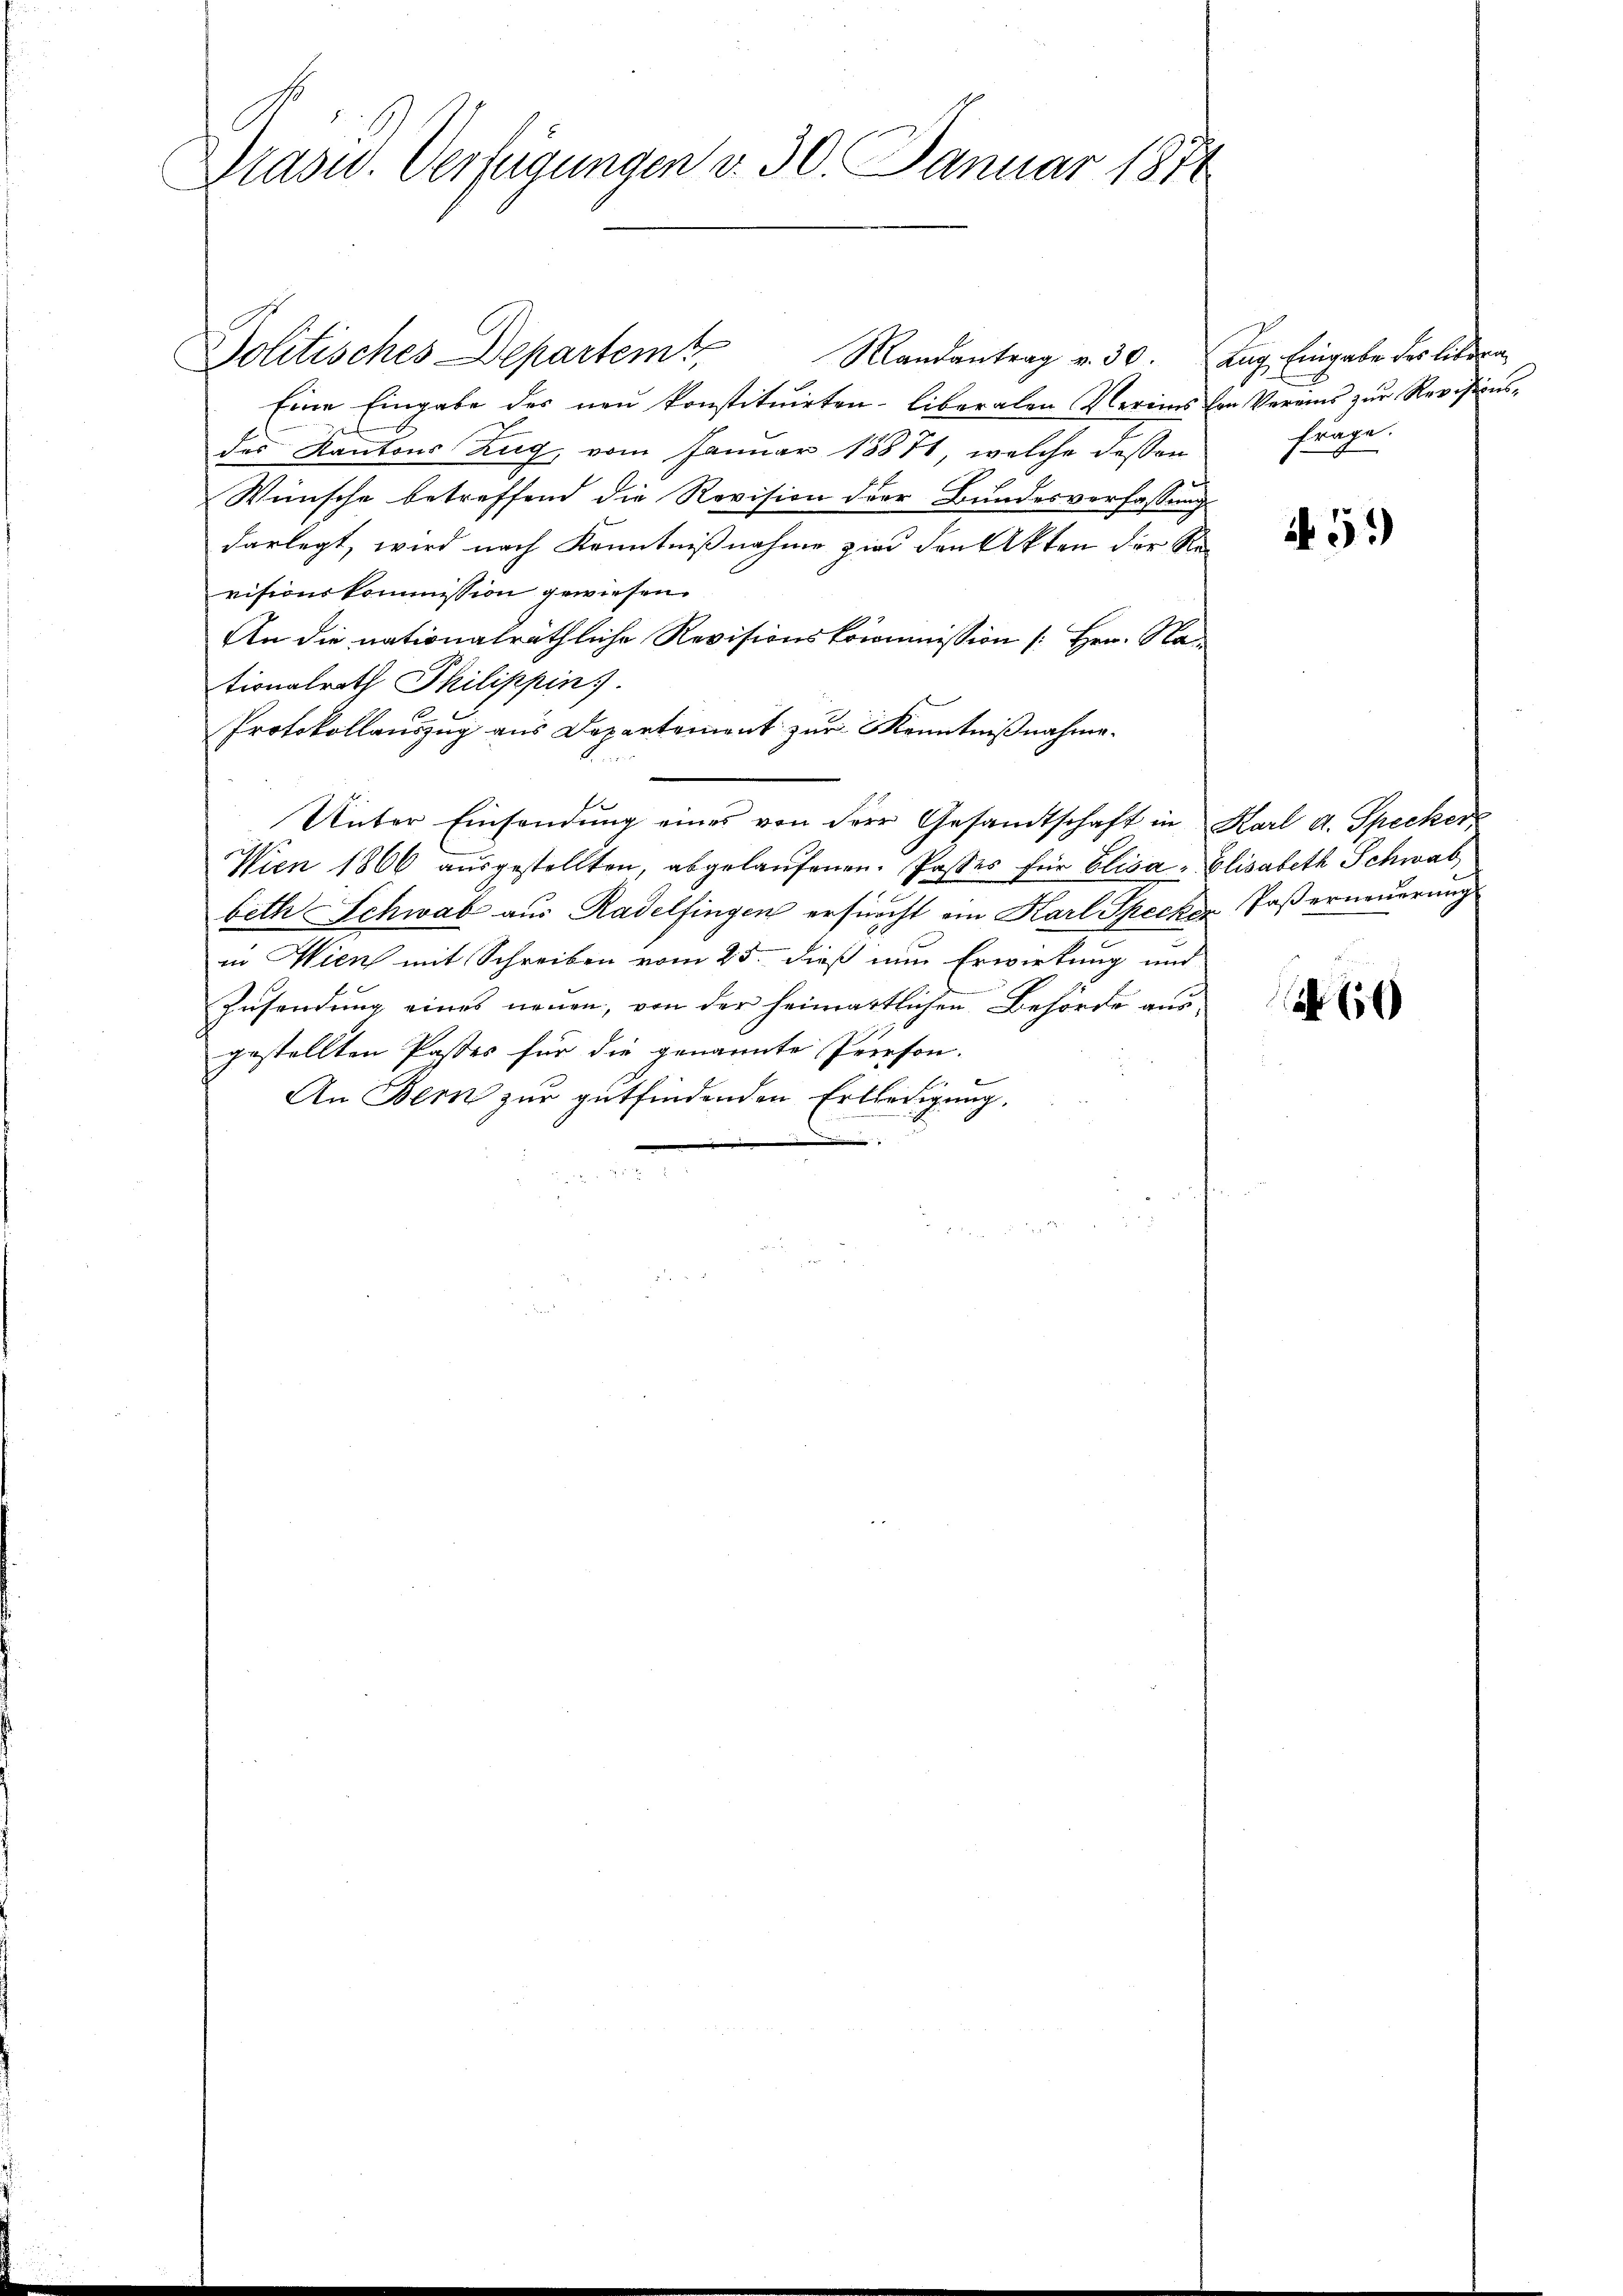
Präsid.. Verfügungen v. 30. Januar 1871

Politisches Departemt. Mandantrag v. 30. Aug. Eingabe des litten
Eine Eingabe des neu konstituirten liberalen Verins von Vereins zŭr Revisions-
des Kantons Zug, vom Januar 1887, welche dessen
Wünsche betreffend die Revision der Bundesverfassung
darlegt, wird nach Kenntnißnahme sind den Akten der Re-
visionskommission gewiesen.
An die nationalräthliche Revisionskommission (: Hrn. Na
tionalrath Thilippin
Protokollauszug aus Departement zur Kenntnißnahme.
n
b
Unter Einsendŭng eines von der Gesandtschaft in Karl d. Specker
Wien 1866 aŭsgestellten, abgelaŭfenen Passes für Elisa, Elisabeth Schwab,
beth Schwab aus Radelfingen ersucht ein Karl Specker Paserneuerung
in Wien mit Schreiben vom 25. dieß nun Erwirkung und
Zusendung eines neuen, von der heimartlichen Behörde aus
gestellten Pastes für die genannte Preeson-
An Bern zur gutfindenden Erledigung.

frage.

59)